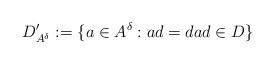
LaTeX: \begin{align*}D'_{A^\delta} := \{a \in A^\delta : ad = da d \in D\}\end{align*}